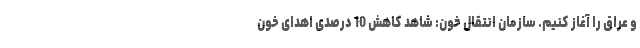
و عراق را آغاز کنیم. سازمان انتقال خون: شاهد کاهش 10 درصدی اهدای خون